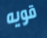
قويه